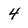
Character: 4